Vital statistics of India. Vol. V, Reports of 1876 on armies & jails and on epidemic cholera
Year: 1876
Disease focus: Cholera
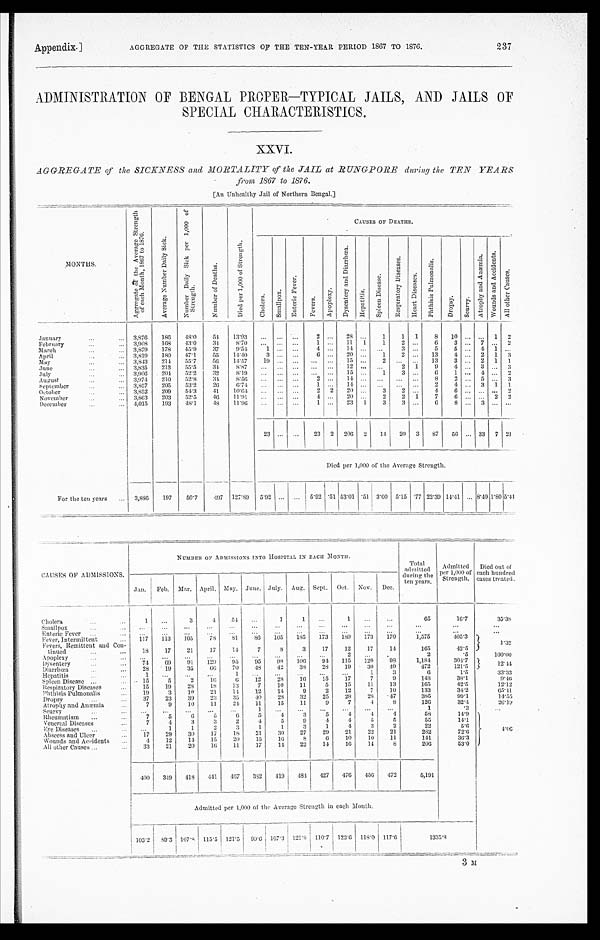
Appendix]
AGGREGATE OF THE STATISTICS OF THE TEN-YEAR PERIOD 1867 TO 1876.
237
ADMINISTRATION OF BENGAL PROPER—TYPICAL JAILS, AND JAILS OF
SPECIAL CHARACTERISTICS.
XXVI.
AGGREGATE of the SICKNESS and MORTALITY of the JAIL at RUNGPORE during the TEN YEARS
from 1867 to 1876.
[An Unhealthy Jail of Northern Bengal.]
MONTHS.
A g g r e g a t e o f t h e A v e r a g e S t r e n g t h o f e a c h M o n t h , 1 8 6 7 t o 1 8 7 6 .
A v e r a g e N u m b e r D a i l y S i c k .
N u m b e r D a i l y S i c k p e r 1 , 0 0 0 o f S t r e n g t h .
N u m b e r o f D e a t h s .
D i e d p e r 1 , 0 0 0 o f S t r e n g t h .
CAUSES OF DEATHS.
Ch o l e r a .
S ma l l p o x .
E n t e r i c F e v e r .
F e v e r s .
A p o p l e x y .
D y s e n t e r y a n d D i a r r h œ a .
H e p a t i t i s .
S p l e e n D i s e a s e s .
R e s p i r a t o r y D i s e a s e s .
H e a r t D i s e a s e s . P h t h i s i s P u l m o n a l i s .
D r o p s y . Se u r v y .
A t r o p h y a n d A n æ m i a . w o u n d s a n d A c c i d e n t s .
A l l o t h e r C a u s e s .
January
3 , 8 7 6
1 8 6
4 8 · 0
5 4
1 3 · 9 3 ... ... ...
2 ...
2 8 ...
1
1
1
8
1 0 ... ... 1 2
February
3 , 9 0 8
1 6 8
4 3 · 0
3 4
8 · 7 0 ... ... ...
1 ...
1 1 1
1
2 ...
6
3 ... 7 ... 2
March
3 , 8 7 9
1 7 8
4 5 · 9
3 7
9 · 5 4
1 ... ...
4 ...
1 4
... ...
3 ...
5
5 ...
4 1 ...
April
3 , 8 1 9
1 8 0
4 7 · 1
5 5
1 4 · 4 0
3 ... ...
6 ...
2 0 ...
1
2 ...
1 3
4 ... 2 1 3
May
3 , 8 4 3
2 1 4
5 5 · 7
5 6
1 4 · 5 7
1 9
... ... ... ...
1 5
...
2
. . . ...
1 3
3 ... 2 1 1
June
3 , 8 3 5
2 1 3
5 5 · 5
3 4
8 · 8 7
... ... ... ... ...
1 2
... ...
2 1
9
4 ...
3 ... 3
July
3 , 9 0 6
2 0 4
5 2 · 2
3 2
8 · 1 9
... ... ... ... ...
1 5
...
1
3 ...
6
1 ... 4 ...
2
August
3 , 9 7 4
2 1 0
5 2 · 8
3 4
8 · 5 6
... ... ...
2 ...
1 4
... ... ... ...
8
2 . . . 5 ... 3
September
3 , 8 5 7
2 0 5
5 3 · 2
2 6
6 · 7 4
... ... ...
1 ...
1 4
... ... ... ...
2
4 ... 3
1 1
October
3 , 8 5 2
2 0 9
5 4 · 3
4 1
1 0 · 6 4
. . .
. . . . . .
2 2
2 0 . . .
3
3 ...
4
6 ... ... ...
2
November
3 , 8 6 3
2 0 3
5 2 · 5
4 6
1 1 · 9 1 ... ... ...
4 ...
2 0 . . .
2
2 1
7
6 . . . ... 2 2
December
4 , 0 1 5
1 9 3
4 8 · 1
4 8
1 1 · 9 6
...
... ...
1 ...
2 3 1
3
3 ...
6
8
. . . 3 ... ...
2 3 ... ...
2 3 2
2 0 6 2
1 4
2 0 3
8 7
5 6 . . . 3 3 7 2 1
Died per 1,000 of the Average Strength.
F o r t h e t e n y e a r s
3 , 8 8 6
1 9 7
5 0 · 7
4 9 7
1 2 7 · 8 9
5 · 9 2 . . . . . .
5 · 9 2 · 5 1
5 3 · 0 1 · 5 1
3 · 6 0
5 · 1 5 · 7 7
2 2 · 3 0
1 4 · 4 1 . . . 8 · 4 9 1 · 8 0
5 · 4 1
CAUSES OF ADMISSIONS.
NUMBER OF ADMISSIONS INTO HOSPITAL IN BACH MONTH.
T o t a l a d m i t t e d d u r i n g t h e t e n y e a r s .
Admi t t ed per 1, 000 of St r engt h. Di ed out of eac h hundr ed c as es t r eat ed.
Jan. Feb. March. April. May. June. July. Aug. Sept. Oct. Nov. Dec.
Cholera
1 ...
3
4
5 4
...
1
1 ...
1 ...
...
6 5
1 6 · 7
3 5 · 3 8
Smallpox
... ... ...
... ... ... ... ... ... ... ... ...
...
...
...
Enteric Fever
... ... ...
... ... ... ... ... ... ... ... ...
...
...
...
Fever, Intermittent
1 1 7
1 1 3
1 0 5
7 8
8 1
8 6
1 0 5
1 8 5
1 7 3
1 8 9
1 7 3
1 7 0
1 , 5 7 5
4 0 5 · 3
1 · 3 2
Fevers, Remittent and Con-tinued. 1 8
1 7
2 1
1 7
1 4
7
8
3
1 7
1 2
1 7
1 4
1 6 5
4 2 · 5
Apoplexy
... ... ... ... ... ... ... ... ...
2 ...
.
2
· 5
1 0 0 · 0 0
Dysentery
7 4
6 9
9 1
1 2 9
9 5
9 5
9 8
1 0 6
9 4
1 1 5
1 2 0
9 8
1 , 1 8 4
3 0 4 · 7
1 2 · 4 4
Di ar r hœa
2 8
1 9
3 5
6 6
7 0
4 8
4 2
3 8
2 8
1 9
3 0
4 9
4 7 2
1 2 1 · 5
Hepatitis
1
. . . . . .
. . .
1
. . .
. . .
. . .
. . .
. . .
1
3
6
1 · 5
3 3 · 3 3
Spleen Disease
1 5
5
2
1 6
6
1 2
2 8
1 6
1 5
1 7
7
9
1 4 8
3 8 · 1
9 · 4 6
Respiratory Diseases
1 5
1 9
2 8
1 8
1 3
7
1 0
1 1
5
1 5
1 1
1 3
1 6 5
4 2 · 5
1 2 · 1 2
Phthisis Pulmonalis
1 9
3
1 0
2 1
1 4
1 2
1 4
9
2
1 2
7
1 0
1 3 3
3 4 · 2
6 5 · 4 1
Dr opsy
3 7
2 3
3 9
2 3
3 5
4 0
2 8
3 2
2 5
2 8
2 8
4 7
3 8 5
9 9 · 1
1 4 · 5 5
A t r o p h y a n d A n æ m i a
7
9
1 0
1 1
2 4
1 1
1 5
1 1
9
7
4
8
1 2 6
3 2 · 4
2 6 · 1 9
Seurvy
... ...
... ...
...
1 ...
...
... ... ... ...
1
· 3
...
Rheumatism
7
5
6
5
6
5
4
3
5
4
4
4
5 8
1 4 · 9
4 · 0 6
Venereal Diseases
7
4
3
3
2
4
5
9
4
4
5
5
5 5
1 4 · 1
Eye Diseases
...
1
1
2
3
1
1
3
1
4
3
2
2 2
5 · 6
Abseess and Ulcer
1 7
2 9
3 0
1 7
1 8
2 1
3 0
2 7
2 9
2 1
2 2
2 1
2 8 2
7 2 · 6
Wounds and Accidents
4
1 2
1 4
1 5
2 0
1 5
1 6
8
6
1 0
1 0
1 1
1 4 1
3 6 · 3
All other Causes
3 3
2 1
2 0
1 6
1 1
1 7
1 4
2 2
1 4
1 6
1 4
8
2 0 6
5 3 · 0
4 0 0
3 4 9
4 1 8
4 4 1
4 6 7
3 8 2
4 1 9
4 8 4
4 2 7
4 7 6
4 5 6
4 7 2
5 , 1 9 1
Admitted per 1,000 of the Average Strength in each Month.
1 0 3 · 2
5 9 · 3
1 0 7 · 8
1 1 5 · 5
1 2 1 · 5
9 9 · 6
1 0 7 · 3
1 2 1 · 8
1 1 0 · 7
1 2 3 · 6
1 1 8 · 0
1 1 7 · 6
1335·8